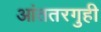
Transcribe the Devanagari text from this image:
आंततरगुही